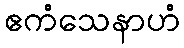
ဧကံသေနာဟံ